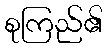
စုကြည်၏